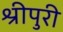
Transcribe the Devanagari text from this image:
श्रीपुरी